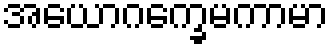
အယောဂက္ခေမကာမာ